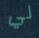
لي